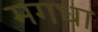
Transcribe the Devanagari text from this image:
मगधा